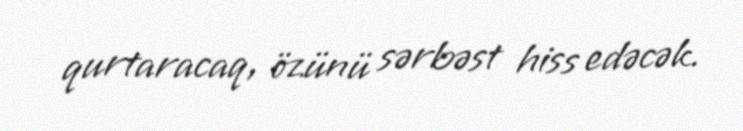
qurtaracaq, özünü sərbəst hiss edəcək.